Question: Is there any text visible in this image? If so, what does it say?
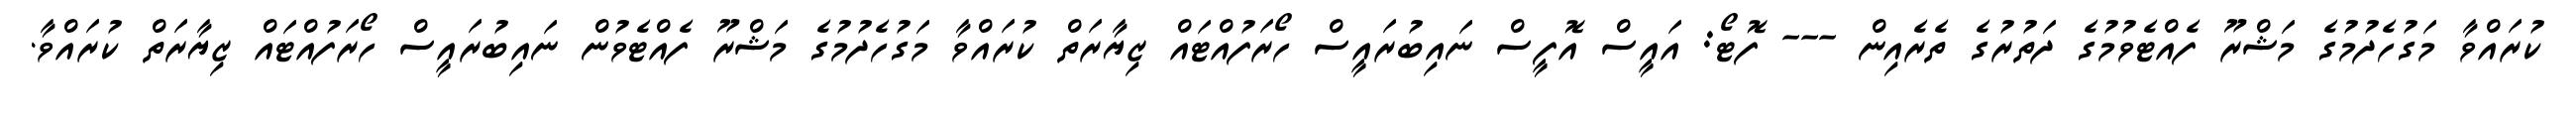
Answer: ކުރައްވާ މަގުހެދުމުގެ މަޝްރޫ ފެއްޓެވުމުގެ ދަތުރުގެ ތެރެއިން --- ފޮޓޯ: އައީސް އޮފީސް ނައިބުރައީސް ހޯރަފުއްޓައް ޒިޔާރަތް ކުރައްވާ މަގުހެދުމުގެ މަޝްރޫ ފެއްޓެވުން ނައިބުރައީސް ހޯރަފުއްޓައް ޒިޔާރަތް ކުރައްވާ.